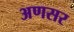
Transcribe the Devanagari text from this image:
अणसर